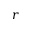
r